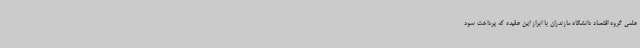
علمی گروه اقتصاد دانشگاه مازندران با ابراز این عقیده که پرداخت سود